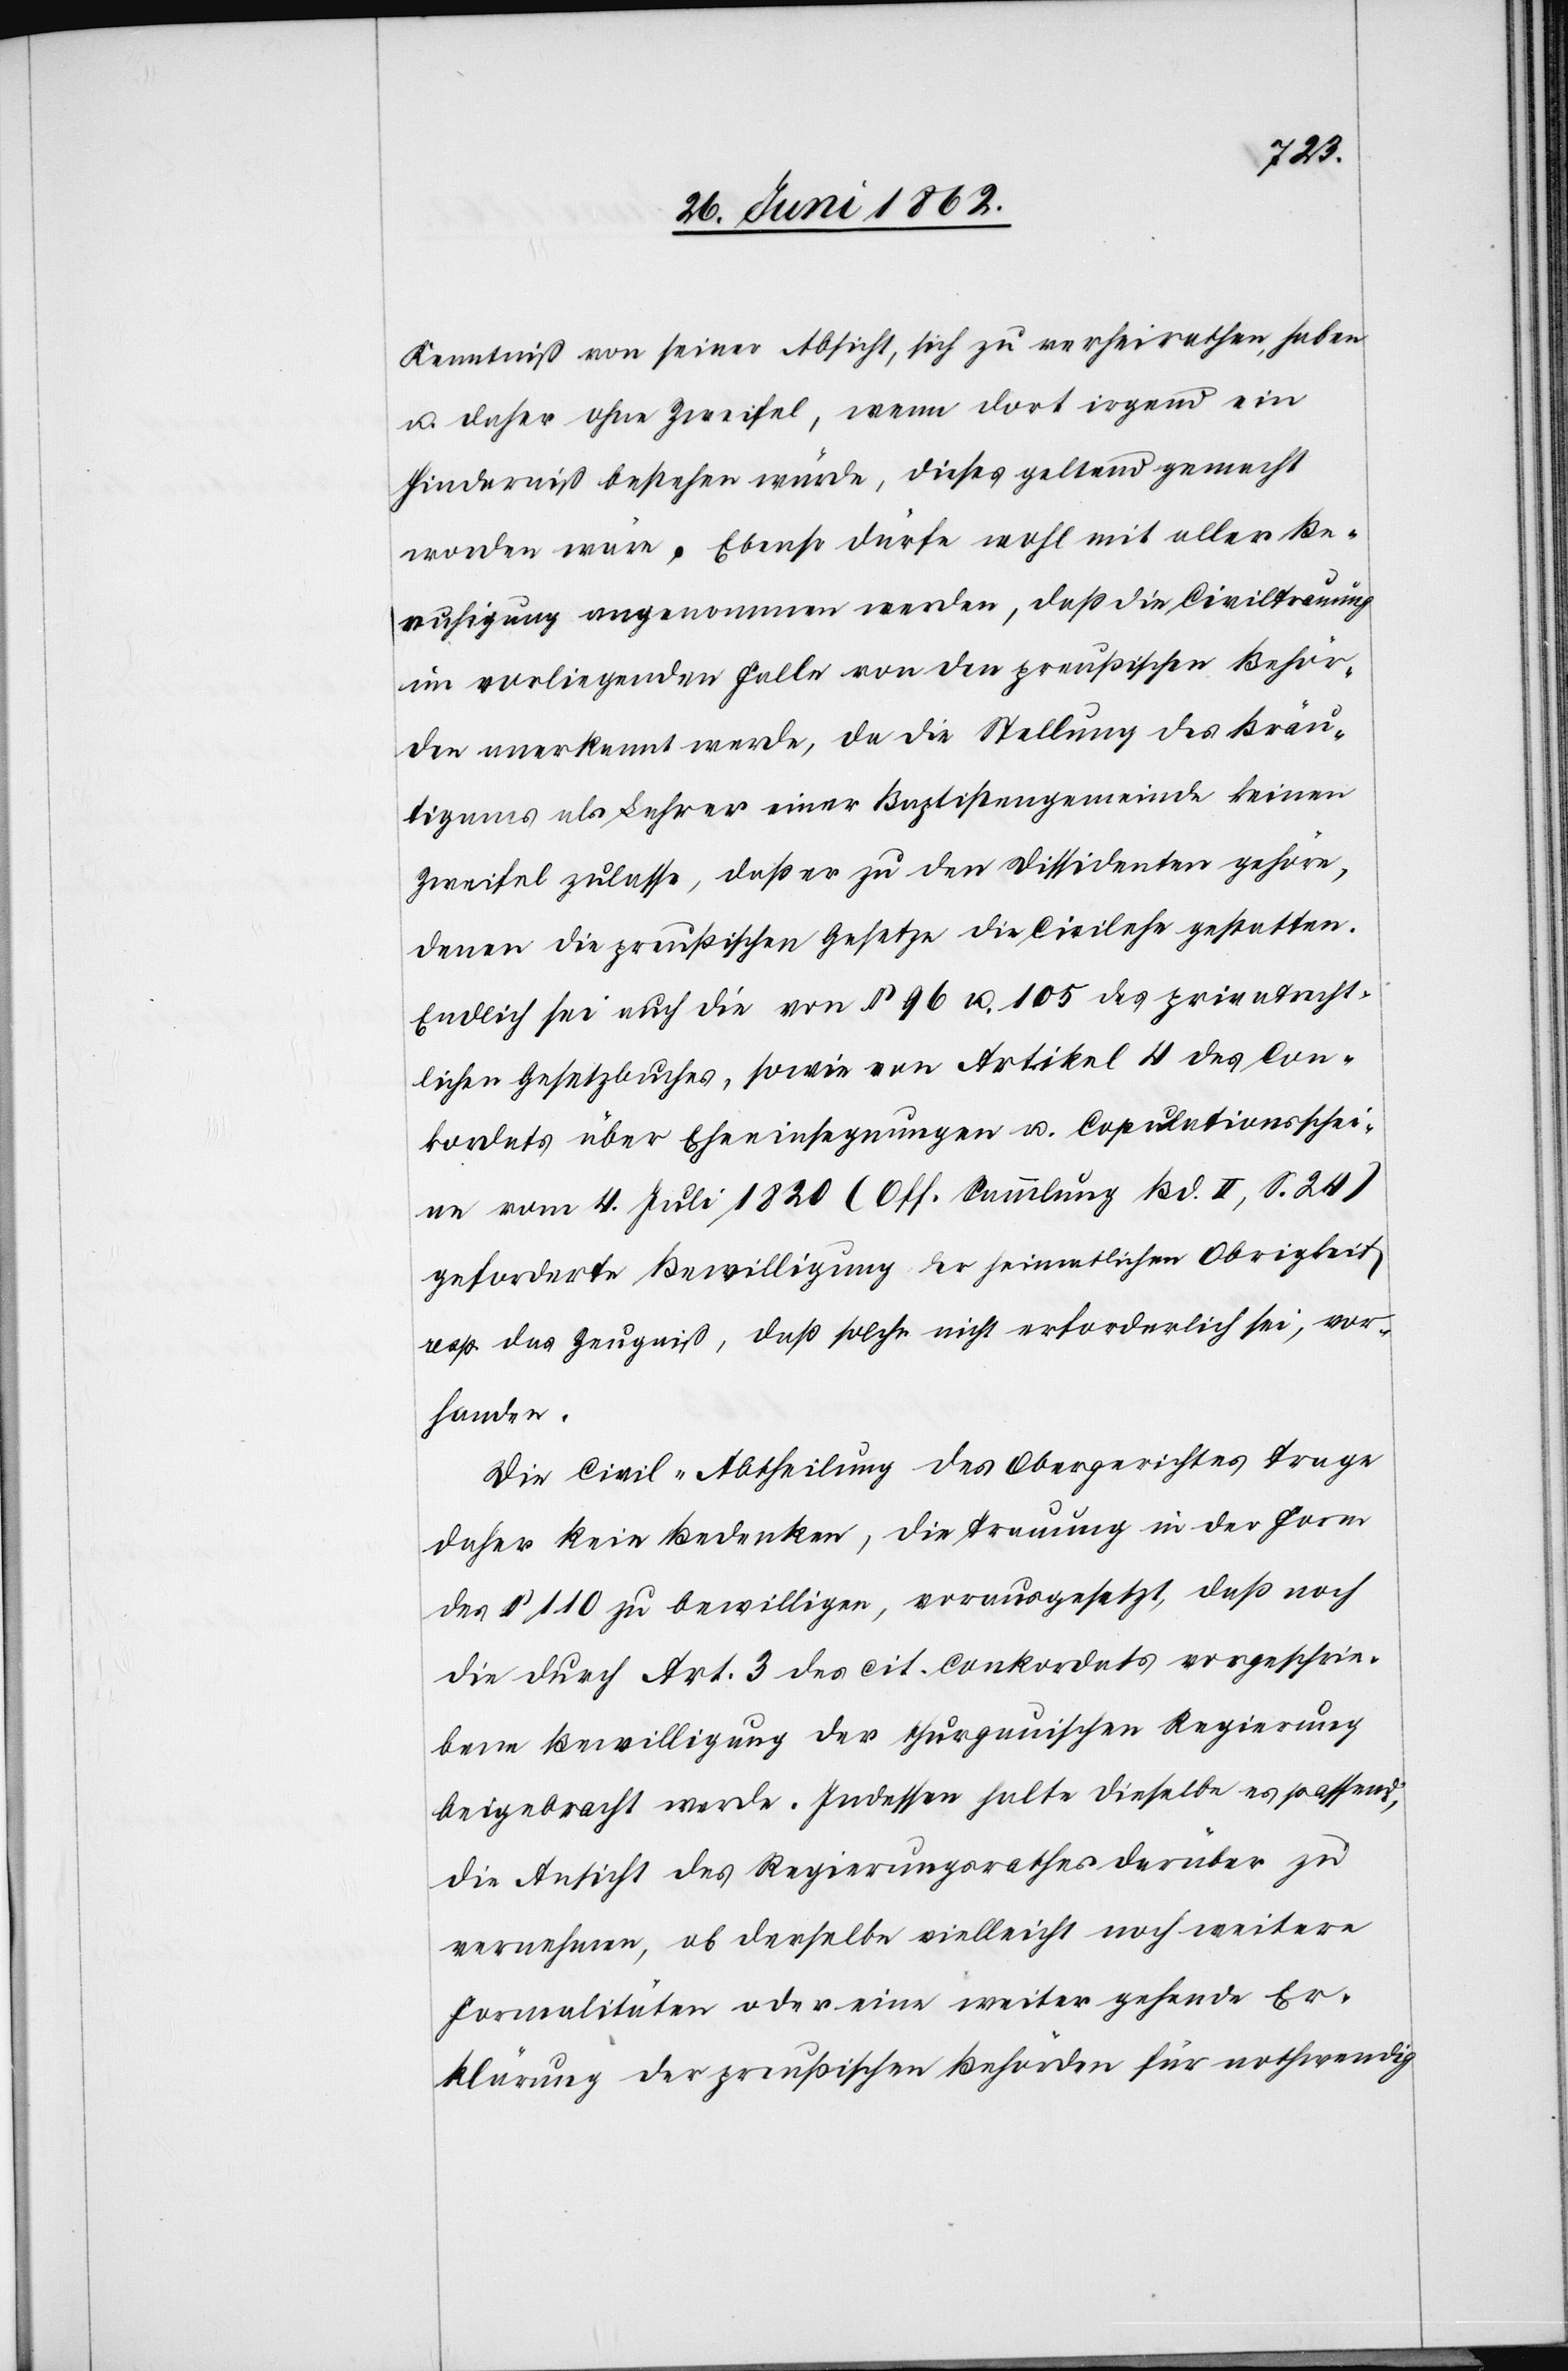
Kenntniß von seiner Absicht, sich zu verheirathen, haben
u. daher ohne Zweifel, wenn dort irgend ein
Hinderniß bestehen würde, dieses geltend gemacht
worden wäre. Ebenso dürfe wohl mit aller Be¬
ruhigung angenommen werden, daß die Civiltrauung
im vorliegenden Falle von den preußischen Behör¬
den anerkannt werde, da die Stellung des Bräu¬
tigams als Lehrer einer Baptistengemeinde keinen
Zweifel zulasse, daß er zu den Dissidenten gehöre,
denen die preußischen Gesetze die Civilehe gestatten.
Endlich sei auch die von § 96 u. 105 des privatrecht¬
lichen Gesetzbuches, sowie von Artikel 4 des Con¬
kordats über Eheeinsegnungen u. Copulationsschei¬
ne vom 4. Juli 1820 (Off. Sammlung Bd. II, S. 24)
geforderte Bewilligung der heimatlichen Obrigkeit
resp. das Zeugniß, daß solche nicht erforderlich sei, vor¬
handen.
Die Civil-Abtheilung des Obergerichtes trage
daher kein Bedenken, die Trauung in der Form
des § 110 zu bewilligen, vorausgesetzt, daß noch
die durch Art. 3 des cit. Conkordats vorgeschrie¬
bene Bewilligung der thurgauischen Regierung
beigebracht werde. Indessen halte dieselbe es passend,
die Ansicht des Regierungsrathes darüber zu
vernehmen, ob derselbe vielleicht noch weitere
Formalitäten oder eine weiter gehende Er¬
klärung der preußischen Behörden für nothwendig